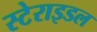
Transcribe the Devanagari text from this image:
स्टेराइडल